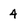
Character: 4